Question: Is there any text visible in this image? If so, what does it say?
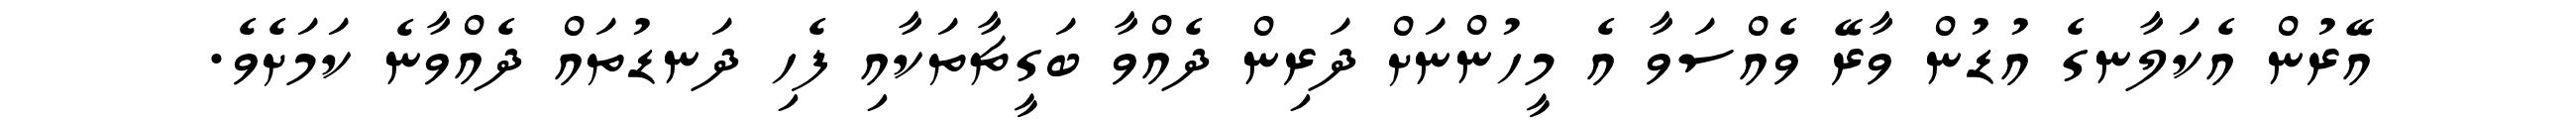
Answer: އޭރުން އެކަލާނގެ އުޑުން ވާރޭ ވެއްސަވާ އެ މީހުންނަށް ދަރިން ދެއްވާ ބަގީޗާތަކާއި ފެހި ދަނޑުތައް ދެއްވާނެ ކަމަށެވެ.